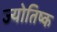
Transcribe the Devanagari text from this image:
ज्योतिष्क